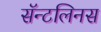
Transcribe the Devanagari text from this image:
सॅन्टलिनस